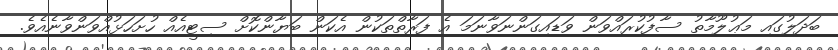
ބަދަލުގައި މަޢުލޫމާތު ސާފުކުރައްވަން ވަޑައިގަންނަވާނަމަ އެ ފަރާތްތަކުން އެކަން ބަޔާންކޮށް ސިޓީއެއް ހުށަހަޅުއްވަންވާނެއެވެ.